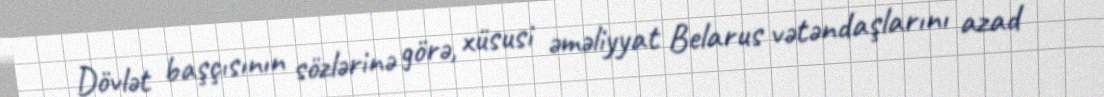
Dövlət başçısının sözlərinə görə, xüsusi əməliyyat Belarus vətəndaşlarını azad